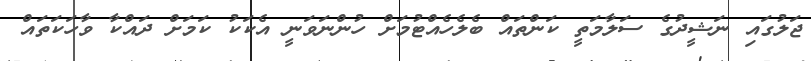
ޖަލުގައި ނަޝީދުގެ ސަލާމަތީ ކަންތައް ބެލެހެއްޓުމަށް ހުންނަވަނީ އެކަކު ކަމަށް ދައްކާ ވާހަކަތައް